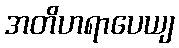
အတိဟရာပေယျ